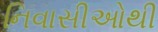
નિવાસીઓથી